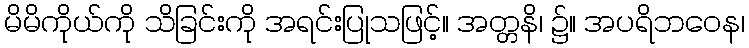
မိမိကိုယ်ကို သိခြင်းကို အရင်းပြုသဖြင့်။ အတ္တနိ၊ ၌။ အပရိဘဝေန၊